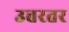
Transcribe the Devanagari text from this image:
उत्तरतर